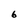
Character: 6